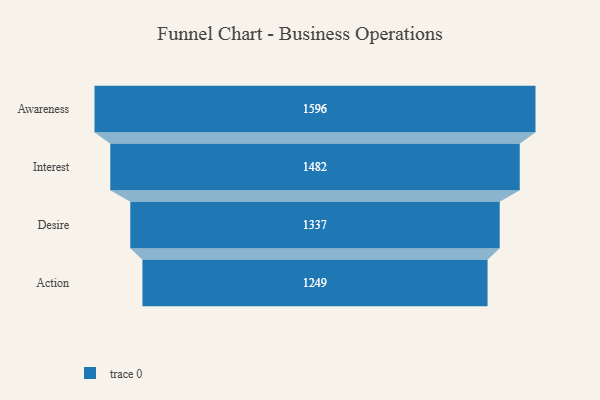
{"axis": {"x": "Stage", "y": "Value"}, "legend": [""], "data": [{"x": "Awareness", "y": 1596.0, "type": ""}, {"x": "Interest", "y": 1482.0, "type": ""}, {"x": "Desire", "y": 1337.0, "type": ""}, {"x": "Action", "y": 1249.0, "type": ""}]}